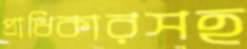
প্রাধিকারসহ